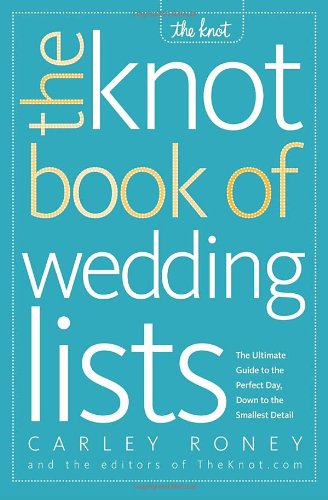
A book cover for The Knot Book of Wedding Lists; Carley Roney; Crafts, Hobbies & Home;